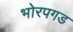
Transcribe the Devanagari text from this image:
भोरपगड